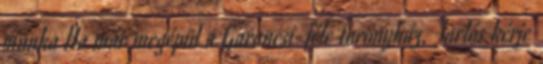
munka Ha már megépül a Garancsi-féle toronyház, Tarlós kérje